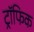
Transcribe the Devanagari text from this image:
ट्रॉफिक